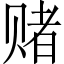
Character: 赌